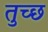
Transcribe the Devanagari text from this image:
तुच्‍छ